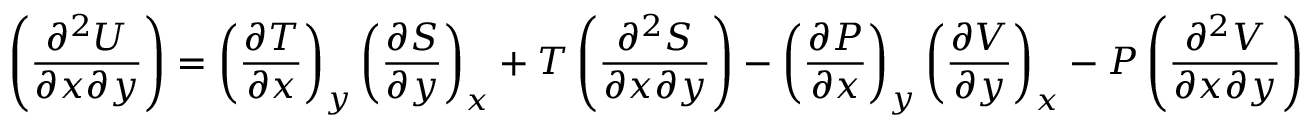
\left( { \frac { \partial ^ { 2 } U } { \partial x \partial y } } \right) = \left( { \frac { \partial T } { \partial x } } \right) _ { y } \left( { \frac { \partial S } { \partial y } } \right) _ { x } + T \left( { \frac { \partial ^ { 2 } S } { \partial x \partial y } } \right) - \left( { \frac { \partial P } { \partial x } } \right) _ { y } \left( { \frac { \partial V } { \partial y } } \right) _ { x } - P \left( { \frac { \partial ^ { 2 } V } { \partial x \partial y } } \right)